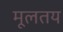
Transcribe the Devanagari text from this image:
मूलतय